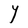
Character: Y